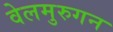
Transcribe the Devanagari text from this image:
वेलमुरुगन